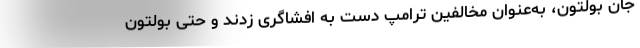
جان بولتون، به‌عنوان مخالفین ترامپ دست به افشاگری زدند و حتی بولتون